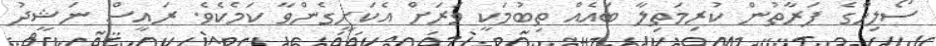
ސޯލިހްގެ ފަރާތުން ކުރިމަތިލާ ބައެއް ތިބުމަކީ ވަރަށް އެކަށީގެންވާ ކަމެކެވެ. ރައީސް ނަޝީދު